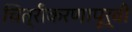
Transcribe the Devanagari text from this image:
चित्रीकरणापूर्वी